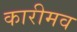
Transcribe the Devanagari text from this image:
कारीमव